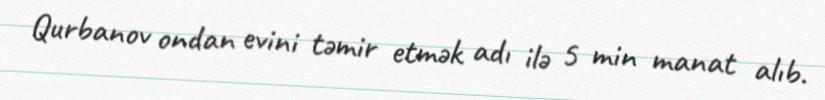
Qurbanov ondan evini təmir etmək adı ilə 5 min manat alıb.